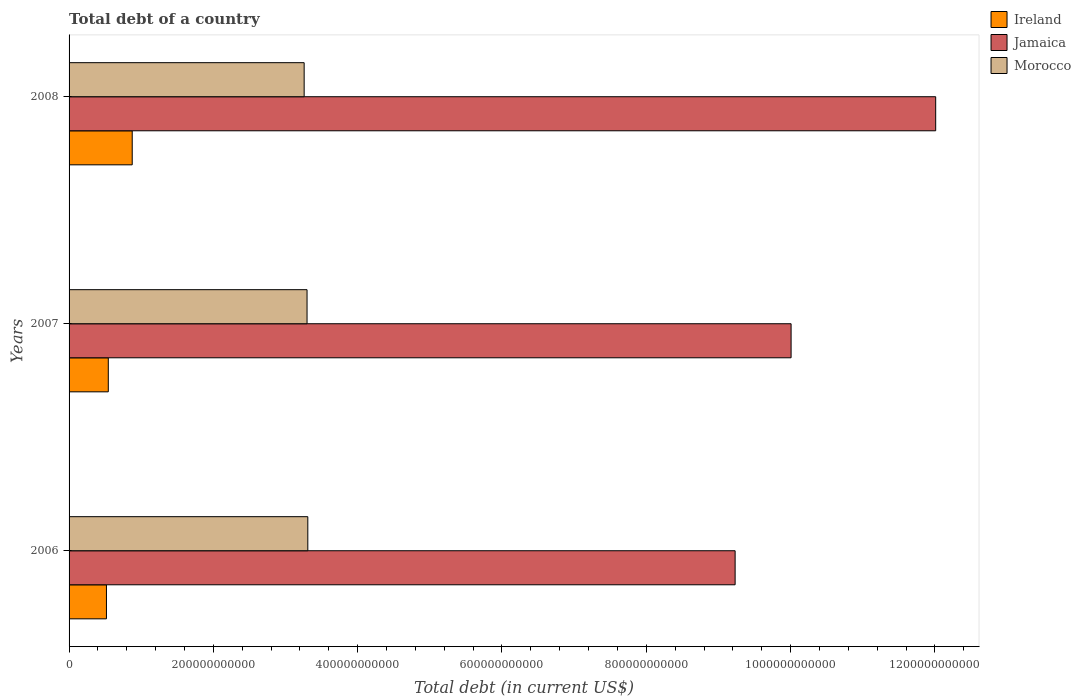
| Years | Ireland | Jamaica | Morocco |
 | --- | --- | --- | --- |
 | 2006 | 5.18e+10 | 9.23e+11 | 3.31e+11 |
 | 2007 | 5.44e+10 | 1e+12 | 3.3e+11 |
 | 2008 | 8.75e+10 | 1.2e+12 | 3.26e+11 |